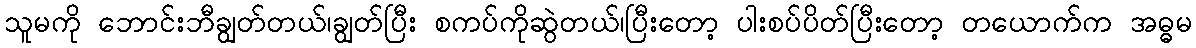
သူမကို ဘောင်းဘီချွတ်တယ်၊ချွတ်ပြီး စကပ်ကိုဆွဲတယ်၊ပြီးတော့ ပါးစပ်ပိတ်ပြီးတော့ တယောက်က အဓ္ဓမ